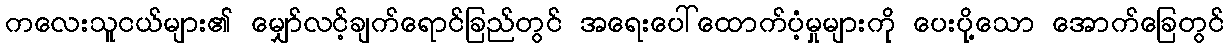
ကလေးသူငယ်များ၏ မျှော်လင့်ချက်ရောင်ခြည်တွင် အရေးပေါ်ထောက်ပံ့မှုများကို ပေးပို့သော အောက်ခြေတွင်